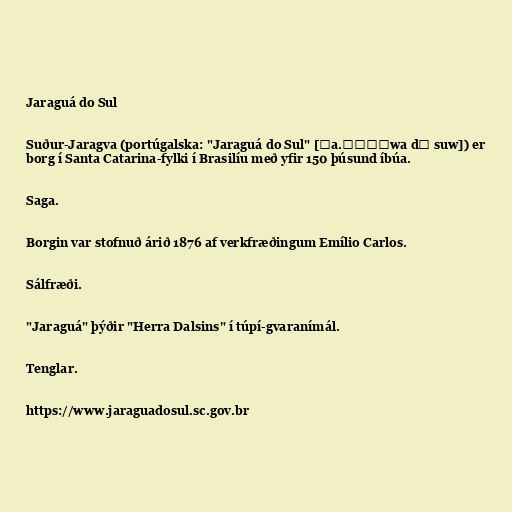
Jaraguá do Sul

Suður-Jaragva (portúgalska: "Jaraguá do Sul" [ʒa.ɾɐˈɡwa dʊ suw]) er
borg í Santa Catarina-fylki í Brasilíu með yfir 150 þúsund íbúa.

Saga.

Borgin var stofnuð árið 1876 af verkfræðingum Emílio Carlos.

Sálfræði.

"Jaraguá" þýðir "Herra Dalsins" í túpí-gvaranímál.

Tenglar.

https://www.jaraguadosul.sc.gov.br